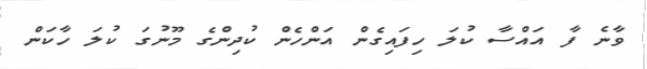
ވާނެ ފާ އައްސާ ކުލަ ހިފައިގެން އަންހެން ކުދިންގެ މޫނުގަ ކުލަ ހާކަން